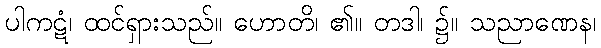
ပါကဋံ၊ ထင်ရှားသည်။ ဟောတိ၊ ၏။ တဒါ၊ ၌။ သညာဏေန၊